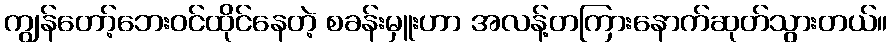
ကျွန်တော့်ဘေးဝင်ထိုင်နေတဲ့ စခန်းမှူးဟာ အလန့်တကြားနောက်ဆုတ်သွားတယ်။